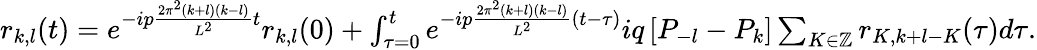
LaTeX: \begin{array}{c}{r_{k,l}(t)=e^{-ip\frac{2\pi^{2}(k+l)(k-l)}{L^{2}}t}r_{k,l}(0)+\int_{\tau=0}^{t}e^{-ip\frac{2\pi^{2}(k+l)(k-l)}{L^{2}}(t-\tau)}iq\left[P_{-l}-P_{k}\right]\sum_{K\in\mathbb{Z}}r_{K,k+l-K}(\tau)d\tau.}\end{array}